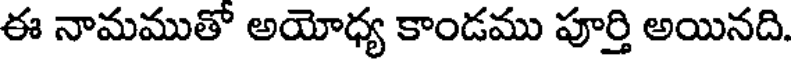
ఈ నామముతో అయోధ్య కాండము పూర్తి అయినది.